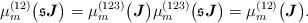
LaTeX: \begin{align*}\mu_m^{(12)}\big(\mathfrak{s}\boldsymbol{J}\big)=\mu_m^{(123)}\big(\boldsymbol{J}\big)\mu_m^{(123)}\big(\mathfrak{s}\boldsymbol{J}\big)=\mu_m^{(12)}\big(\boldsymbol{J}\big).\end{align*}